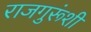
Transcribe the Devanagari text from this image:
राजगुरूंशी